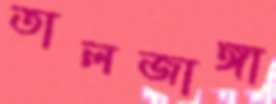
তালজাঙ্গা